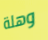
وهلة